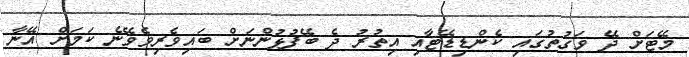
މޭޓަށް ދޭ ވަގުތުގައި ކެންޑިޑޭޓާއި އިތުރު ދެ ބޭފުޅުންނަށް ބައިވެރިވެވޭނެ ކަމަށް އޭނާ